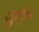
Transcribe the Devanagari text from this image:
पडॅ़ूगां